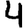
Digit: 4